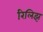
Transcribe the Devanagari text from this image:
रिलिझ